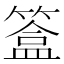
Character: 𥲥